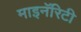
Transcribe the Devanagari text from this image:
माइनॅरिटी